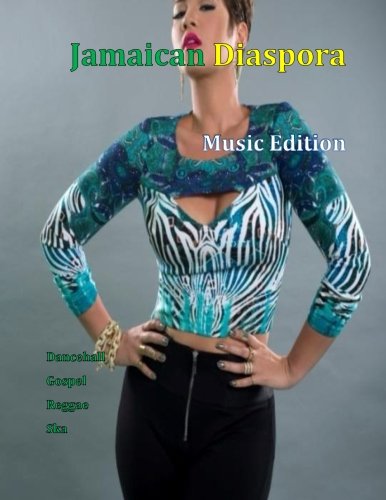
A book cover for Jamaican Diaspora: Music Edition; Janice Maxwell; Travel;